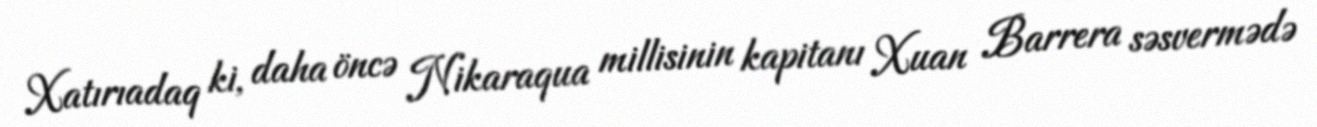
Xatırıadaq ki, daha öncə Nikaraqua millisinin kapitanı Xuan Barrera səsvermədə